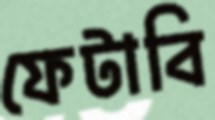
ফেটাবি